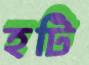
হটি